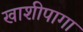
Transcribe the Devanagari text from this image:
खाशीपागा